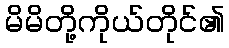
မိမိတို့ကိုယ်တိုင်၏